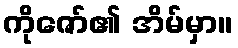
ကိုဇော်၏ အိမ်မှာ။